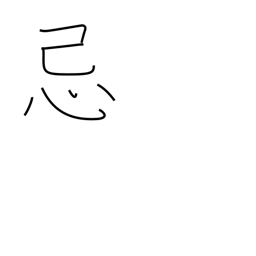
Meaning: mourning